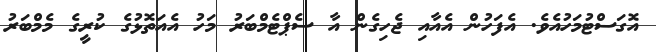
އޮގަސްޓުމަހުއެވެ. އެފަހުން އެއާއި ޖެހިގެން އާ ސެޕްޓެމްބަރު މަހު އެއަތޮޅުގެ ކުރީގެ މެމްބަރު